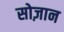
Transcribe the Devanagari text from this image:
सोज़ान